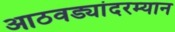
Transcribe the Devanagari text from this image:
आठवड्यांदरम्यान